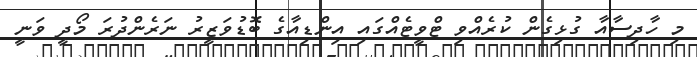
މި ހާދިސާއާ ގުޅިގެން ކުރެއްވި ޓްވީޓެއްގައި އިންޑިއާގެ ބޮޑުވަޒީރު ނަރެންދުރަ މޯދީ ވަނީ